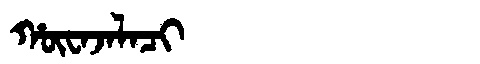
Manchu: ᡥᡡᠸᠠᠵᠠᠯᠠᠴᡳ
Romanization: HŪWAJALACI